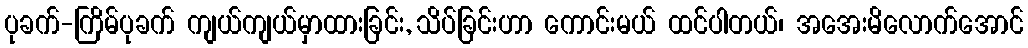
ပုခက်-ကြိမ်ပုခက် ကျယ်ကျယ်မှာထားခြင်း, သိပ်ခြင်းဟာ ကောင်းမယ် ထင်ပါတယ်၊ အအေးမိလောက်အောင်